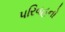
પરિવહનો